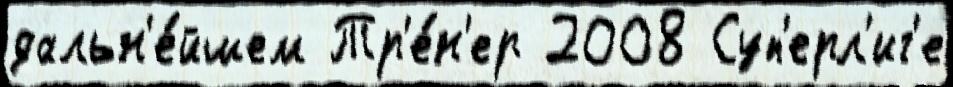
дальн'е́йшем Тр'е́н'ер 2008 Суп'ерл'иг'е